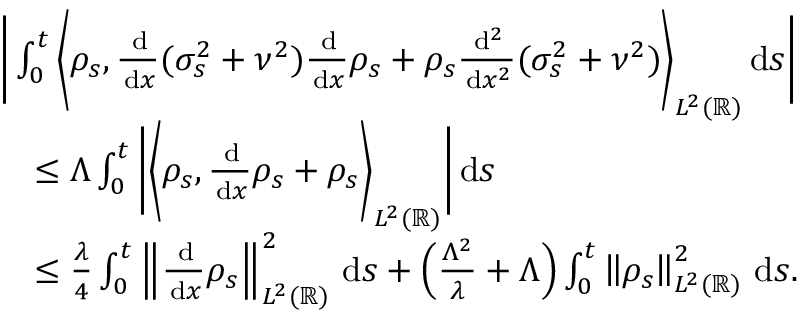
\begin{array} { r l } & { \bigg | \int _ { 0 } ^ { t } \bigg \langle \rho _ { s } , \frac { \, \mathrm { d } } { \, \mathrm { d } x } ( \sigma _ { s } ^ { 2 } + \nu ^ { 2 } ) \frac { \, \mathrm { d } } { \, \mathrm { d } x } \rho _ { s } + \rho _ { s } \frac { \, \mathrm { d } ^ { 2 } } { \, \mathrm { d } x ^ { 2 } } ( \sigma _ { s } ^ { 2 } + \nu ^ { 2 } ) \bigg \rangle _ { L ^ { 2 } ( \mathbb { R } ) } \, \mathrm { d } s \bigg | } \\ & { \quad \le \Lambda \int _ { 0 } ^ { t } \bigg | \bigg \langle \rho _ { s } , \frac { \, \mathrm { d } } { \, \mathrm { d } x } \rho _ { s } + \rho _ { s } \bigg \rangle _ { L ^ { 2 } ( \mathbb { R } ) } \bigg | \, \mathrm { d } s } \\ & { \quad \le \frac { \lambda } { 4 } \int _ { 0 } ^ { t } \left\lVert \frac { \, \mathrm { d } } { \, \mathrm { d } x } \rho _ { s } \right\rVert _ { L ^ { 2 } ( \mathbb { R } ) } ^ { 2 } \, \mathrm { d } s + \Big ( \frac { \Lambda ^ { 2 } } { \lambda } + \Lambda \Big ) \int _ { 0 } ^ { t } \left\lVert \rho _ { s } \right\rVert _ { L ^ { 2 } ( \mathbb { R } ) } ^ { 2 } \, \mathrm { d } s . } \end{array}